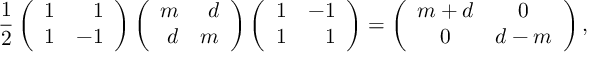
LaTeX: \frac { 1 } { 2 } \left( \begin{array} { r r } { { 1 } } & { { 1 } } \\ { { 1 } } & { { - 1 } } \end{array} \right) \left( \begin{array} { r r } { { m } } & { { d } } \\ { { d } } & { { m } } \end{array} \right) \left( \begin{array} { r r } { { 1 } } & { { - 1 } } \\ { { 1 } } & { { 1 } } \end{array} \right) = \left( \begin{array} { c c } { { m + d } } & { { 0 } } \\ { { 0 } } & { { d - m } } \end{array} \right) ,